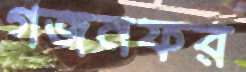
গজনফর